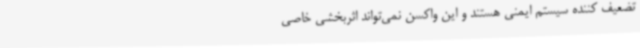
تضعیف ‌کننده سیستم ایمنی هستند و این واکسن نمی‌تواند اثربخشی خاصی